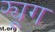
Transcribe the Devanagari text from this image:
फ्यूग